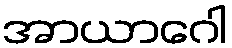
အာယာဂေါ